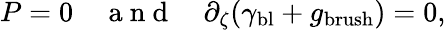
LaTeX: P=0\quad\mathrm{~a~n~d~}\quad\partial_{\zeta}(\gamma_{\mathrm{bl}}+g_{\mathrm{brush}})=0,